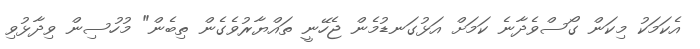
އެކަމަކު މިކަން ގޯސްވެދާނެ ކަމަށް އަޅުގަނޑުމެން ޖެހޭނީ ތައްޔާރުވެގެން ތިބެން" މުހުސިން ވިދާޅުވި